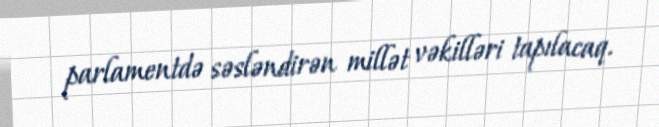
parlamentdə səsləndirən millət vəkilləri tapılacaq.